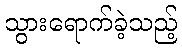
သွားရောက်ခဲ့သည့်